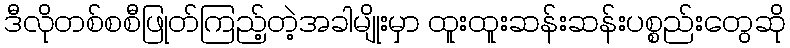
ဒီလိုတစ်စစီဖြုတ်ကြည့်တဲ့အခါမျိုးမှာ ထူးထူးဆန်းဆန်းပစ္စည်းတွေဆို